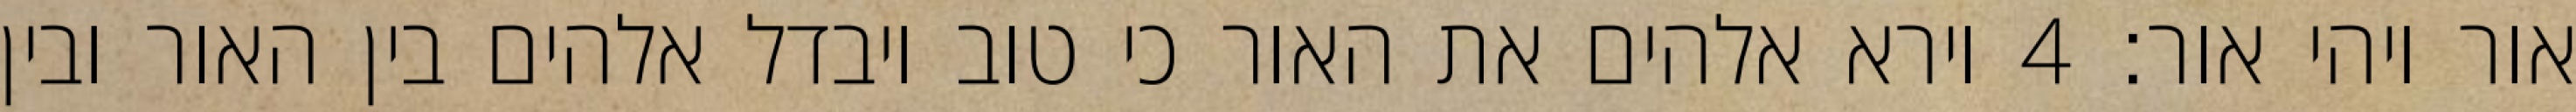
אור ויהי אור׃ ‎4‏ וירא אלהים את האור כי טוב ויבדל אלהים בין האור ובין